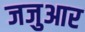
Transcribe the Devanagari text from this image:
जजुआर